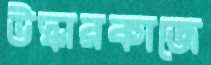
উদ্ধারকাজে